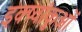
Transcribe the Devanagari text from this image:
इक्ष्वांकुओं